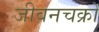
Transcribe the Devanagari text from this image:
जीवनचक्रों